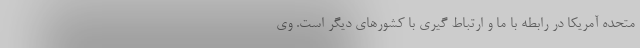
متحده آمریکا در رابطه با ما و ارتباط گیری با کشورهای دیگر است. وی